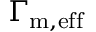
\Gamma _ { \mathrm { m , e f f } }